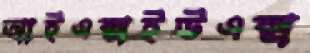
আইএক্সইউএক্স